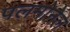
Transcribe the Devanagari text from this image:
पलमोनेल